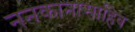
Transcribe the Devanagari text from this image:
ननकानासाहिब